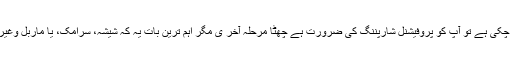
اگر چھری بہت زیادہ کند ہو چکی ہے تو آپ کو پروفیشنل شارپننگ کی ضرورت ہے چھٹا مرحلہ آخر ی مگر اہم ترین بات یہ کہ شیشہ، سرامک، یا ماربل وغیرہ پر رکھ کر کبھی نہ کاٹیں۔